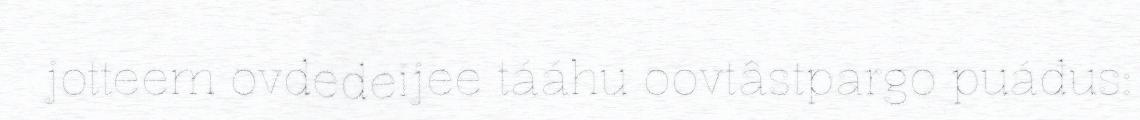
jotteem ovdedeijee tááhu oovtâstpargo puáđus: